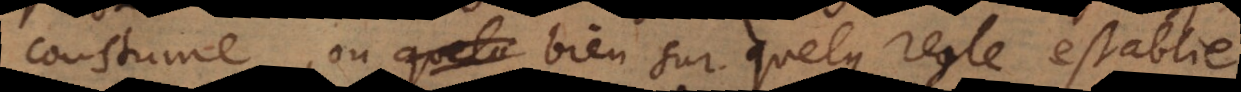
coustume, ou bien sur quelque regle establie